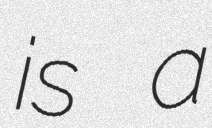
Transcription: is a